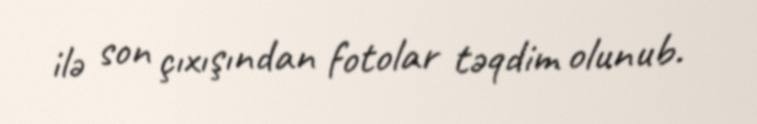
ilə son çıxışından fotolar təqdim olunub.